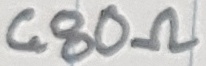
Text: 680Ω